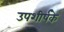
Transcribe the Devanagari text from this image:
उपशीर्षके